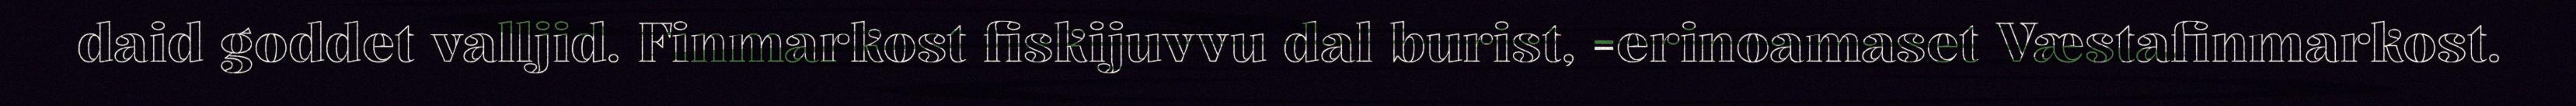
daid goddet valljid. Finmarkost fiskijuvvu dal burist, =erinoamaset Væstafinmarkost.